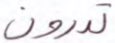
تدرون